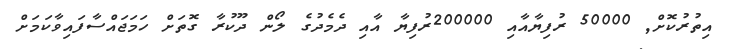
އިތުރުކޮށް